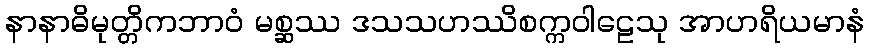
နာနာဓိမုတ္တိကဘာဝံ မစ္ဆဿ ဒသသဟဿိစက္ကဝါဠေသု အာဟရိယမာနံ